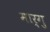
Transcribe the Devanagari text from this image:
मार्गु